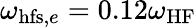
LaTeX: \omega_{\mathrm{hfs},e}=0.12\omega_{\mathrm{HF}}